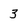
Character: 3